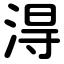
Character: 淂